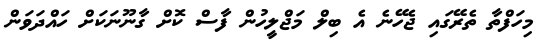
މިހަފްތާ ތެރޭގަައި ޖެހޭނެ އެ ބިލް މަޖްލީހުން ފާސް ކޮށް ގާނޫނަކަށް ހައްދަވަން